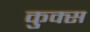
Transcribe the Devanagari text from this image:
कुक्स